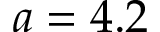
a = 4 . 2